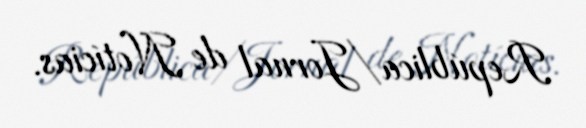
República/Jornal de Notícias.